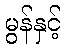
မွန်နှင့်